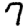
Digit: 7